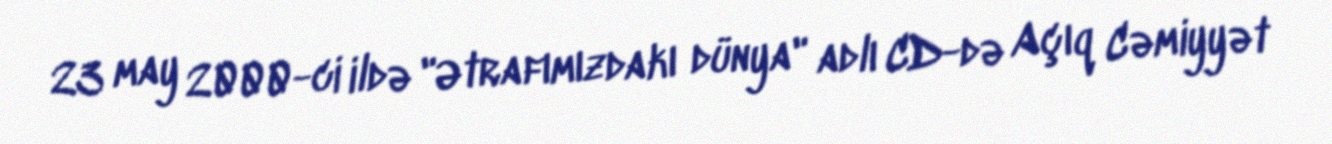
23 may 2000-ci ildə "Ətrafımızdakı dünya" adlı CD-də Açıq Cəmiyyət